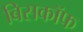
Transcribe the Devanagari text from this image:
बिसकॉफ